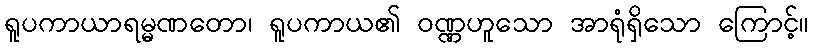
ရူပကာယာရမ္မဏတော၊ ရူပကာယ၏ ဝဏ္ဏဟူသော အာရုံရှိသော ကြောင့်။